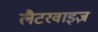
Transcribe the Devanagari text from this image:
लैटरवाइज़